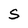
Character: S